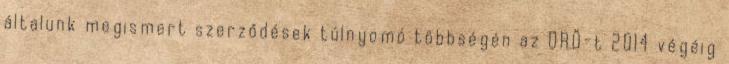
általunk megismert szerződések túlnyomó többségén az ORÖ-t 2014 végéig